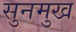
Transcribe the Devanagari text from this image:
सुनमुख